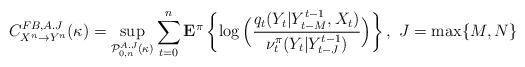
LaTeX: \begin{align*}{C}_{X^n \rightarrow Y^n}^{FB,A.J}(\kappa) = \sup_{{\cal P}_{0,n}^{A.J}(\kappa)} \sum_{t=0}^n {\bf E}^{ \pi}\left\{\log\Big(\frac{q_t(Y_t|Y_{t-M}^{t-1},X_t)}{\nu_t^{{\pi}}(Y_t|Y_{t-J}^{t-1})}\Big)\right\},~J=\max\{M,N\} \end{align*}